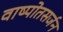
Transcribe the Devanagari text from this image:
वाष्पोतसर्जन